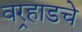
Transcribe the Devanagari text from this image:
वर्‍हाडचे